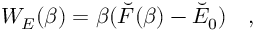
W _ { E } ( \beta ) = \beta ( \breve { F } ( \beta ) - \breve { E } _ { 0 } ) ~ ~ ~ ,